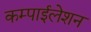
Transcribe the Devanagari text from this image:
कम्पाईलेशन